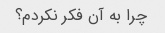
چرا به آن فکر نکردم؟